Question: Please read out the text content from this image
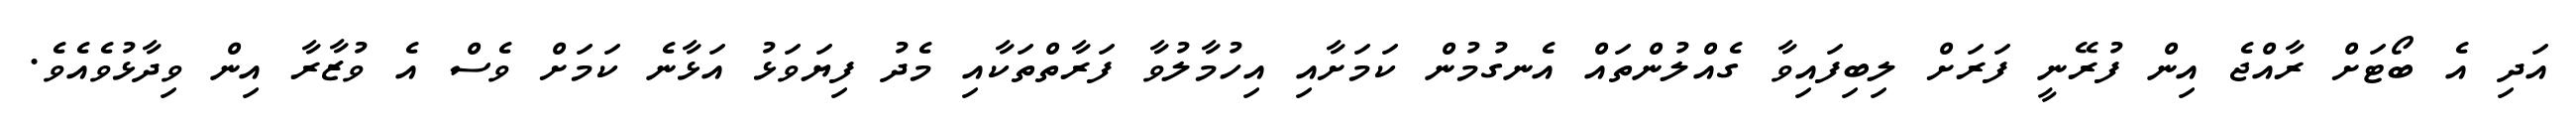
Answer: އަދި އެ ބޯޓަށް ރާއްޖެ އިން ފުރޭނީ ފަރަށް ލިބިފައިވާ ގެއްލުންތައް އެނގުމުން ކަމަށާއި އިހުމާލުވާ ފަރާތްތަކާއި މެދު ފިޔަވަޅު އަޅާނެ ކަމަށް ވެސް އެ ވުޒާރާ އިން ވިދާޅުވެއެވެ.